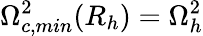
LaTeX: \Omega_{c,min}^{2}(R_{h})=\Omega_{h}^{2}